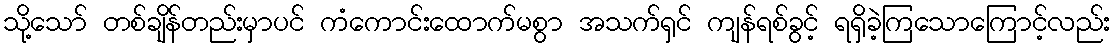
သို့သော် တစ်ချိန်တည်းမှာပင် ကံကောင်းထောက်မစွာ အသက်ရှင် ကျန်ရစ်ခွင့် ရရှိခဲ့ကြသောကြောင့်လည်း